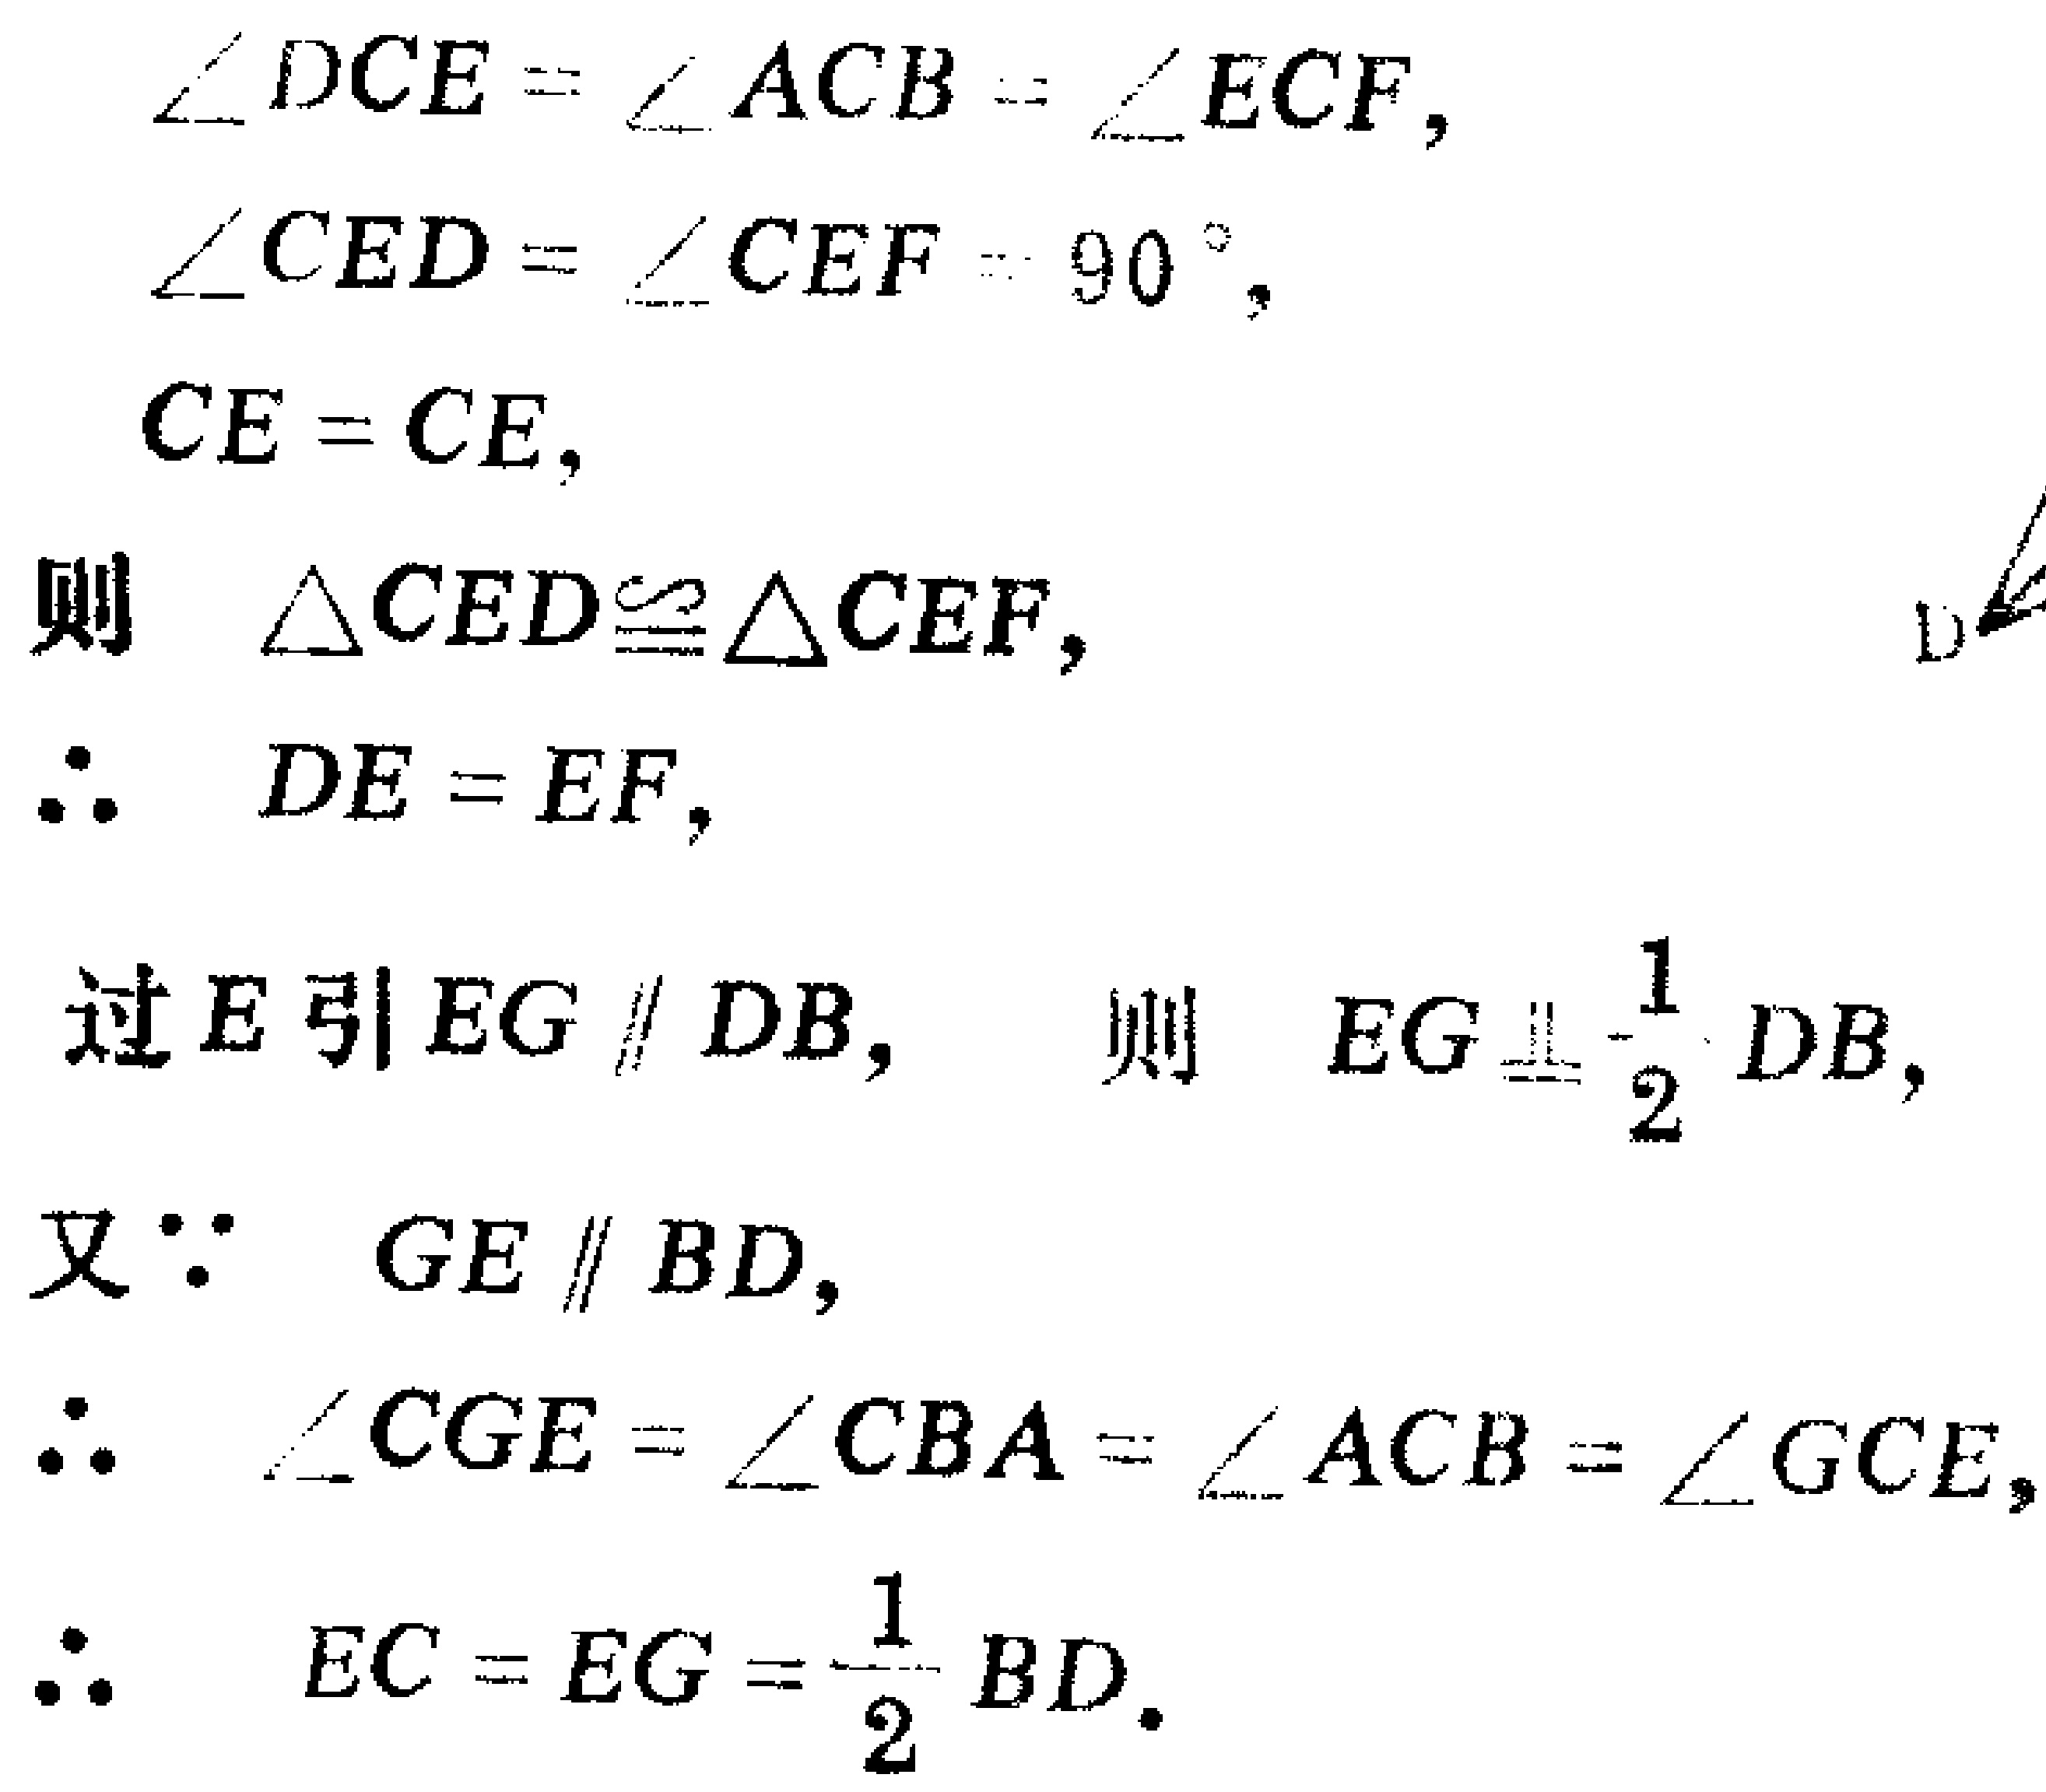
\[\begin{align*}
&\angle DCE = \angle ACB = \angle ECF,\\
&\angle CED=\angle CEF = 90^{\circ},\\
&CE = CE,\\
\end{align*}\]
则 \(\triangle CED\cong\triangle CEF\)，
\(\therefore DE = EF\)，
过\(E\)引\(EG\parallel DB\)， 则 \(EG\equalparallel\frac{1}{2}DB\)，
又\(\because GE\parallel BD\)，
\(\therefore \angle CGE=\angle CBA=\angle ACB=\angle GCE\)，
\(\therefore EC = EG=\frac{1}{2}BD\).